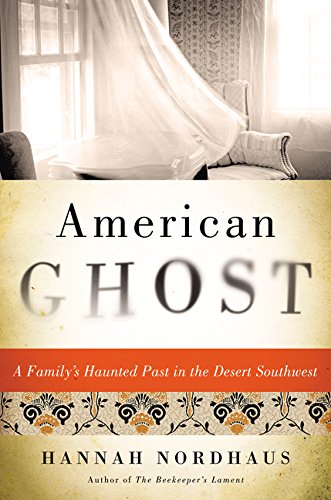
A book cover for American Ghost: A Family's Haunted Past in the Desert Southwest; Hannah Nordhaus; Biographies & Memoirs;